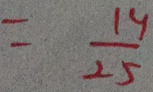
= \frac { 1 4 } { 2 5 }